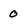
Character: 0